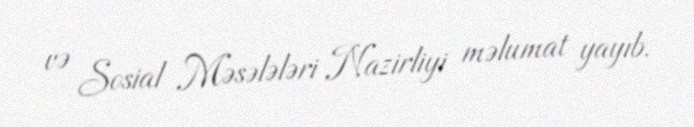
və Sosial Məsələləri Nazirliyi məlumat yayıb.